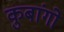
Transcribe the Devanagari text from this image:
कुबांगो